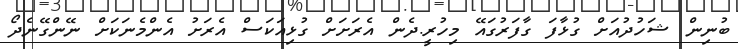
ބުނިން ޝަހުދުއަށް ގުޅާފަ ގާފަރުގައޭ މިހުރީ.ދެން އެރަށަށް ގުޅިއަކަސް އެރަށު އެންމެނަކަށް ނޭންގޭނެދޯ